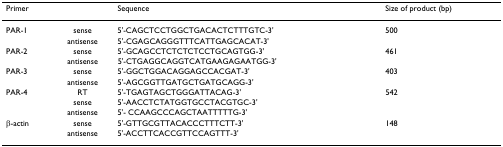
<table><thead><tr><td><b>Primer</b></td><td></td><td><b>Sequence</b></td><td><b>Size of product (bp)</b></td></tr></thead><tbody><tr><td>PAR-1</td><td>sense</td><td>5&#x27;-CAGCTCCTGGCTGACACTCTTTGTC-3&#x27;</td><td>500</td></tr><tr><td></td><td>antisense</td><td>5&#x27;-CGAGCAGGGTTTCATTGAGCACAT-3&#x27;</td><td></td></tr><tr><td>PAR-2</td><td>sense</td><td>5&#x27;-GCAGCCTCTCTCTCCTGCAGTGG-3&#x27;</td><td>461</td></tr><tr><td></td><td>antisense</td><td>5&#x27;-CTGAGGCAGGTCATGAAGAGAATGG-3&#x27;</td><td></td></tr><tr><td>PAR-3</td><td>sense</td><td>5&#x27;-GGCTGGACAGGAGCCACGAT-3&#x27;</td><td>403</td></tr><tr><td></td><td>antisense</td><td>5&#x27;-AGCGGTTGATGCTGATGCAGG-3&#x27;</td><td></td></tr><tr><td>PAR-4</td><td>RT</td><td>5&#x27;-TGAGTAGCTGGGATTACAG-3&#x27;</td><td>542</td></tr><tr><td></td><td>sense</td><td>5&#x27;-AACCTCTATGGTGCCTACGTGC-3&#x27;</td><td></td></tr><tr><td></td><td>antisense</td><td>5&#x27;- CCAAGCCCAGCTAATTTTTG-3&#x27;</td><td></td></tr><tr><td>β-actin</td><td>sense</td><td>5&#x27;-GTTGCGTTACACCCTTTCTT-3&#x27;</td><td>148</td></tr><tr><td></td><td>antisense</td><td>5&#x27;-ACCTTCACCGTTCCAGTTT-3&#x27;</td><td></td></tr></tbody></table>